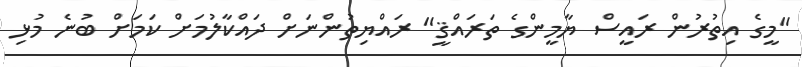
"މީގެ އިތުރުން ރައީސް ޔާމީންގެ ތަރައްޤީ" ރައްޔިތުންނަށް ދައްކާލުމަށް ކަމަށް ބުނެ މުޅި